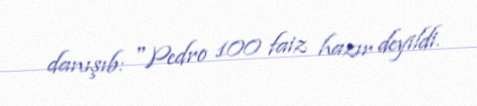
danışıb: "Pedro 100 faiz hazır deyildi.